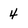
Character: 4